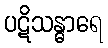
ပဋိသန္ဓာရေ